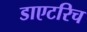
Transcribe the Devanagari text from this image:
डाएटरिच